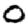
Digit: 0